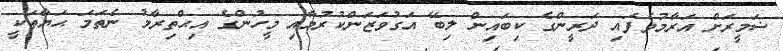
ޟަމީރަށް އަރާމުވެފައި ދަރީންގެ ކިބައިން ލިބޭ އަގުވަޒަންކުރުމާއި މީހުންގެ އިޙްތިރާމު ނެތަމަ ޙަޔާތަކީ